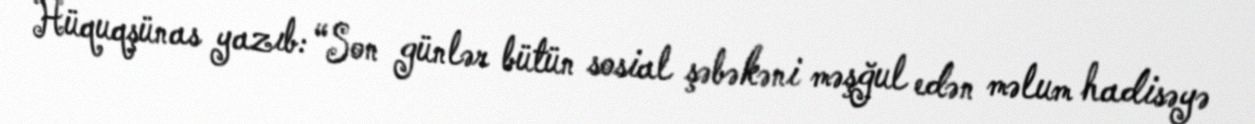
Hüquqşünas yazıb: “Son günlər bütün sosial şəbəkəni məşğul edən məlum hadisəyə